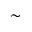
\sim